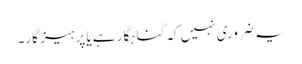
یہ ضروری نہیں کہ گناہگار ہے یا پرہیز گار۔